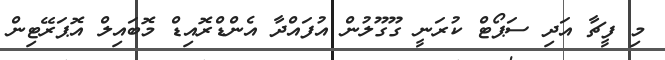
މި ފީޗާ އަދި ސަޕޯޓް ކުރަނީ ގޫގޫލުން އުފައްދާ އެންޑްރޮއިޑް މޮބައިލް އޮޕަރޭޓިން